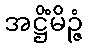
အဋ္ဌိံမိဉ္ဇံ